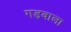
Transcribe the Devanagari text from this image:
गड़वाला